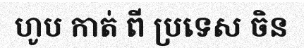
ហូប កាត់ ពី ប្រទេស ចិន